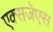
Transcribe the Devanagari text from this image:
एक्सजेएस